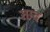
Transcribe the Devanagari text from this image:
ग़म्द